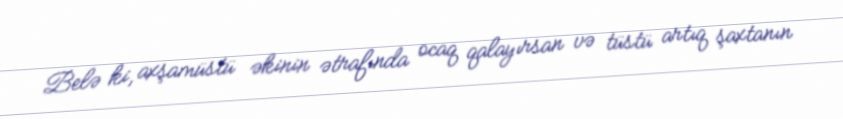
Belə ki, axşamüstü əkinin ətrafında ocaq qalayırsan və tüstü artıq şaxtanın